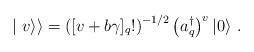
LaTeX: \begin{align*}\mid{v}\rangle\rangle=\left([v+b\gamma ]_q!\right)^{-1/2}\left(a_q^\dagger\right)^v\vert 0\rangle~.\end{align*}